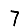
Digit: 7